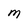
Character: M